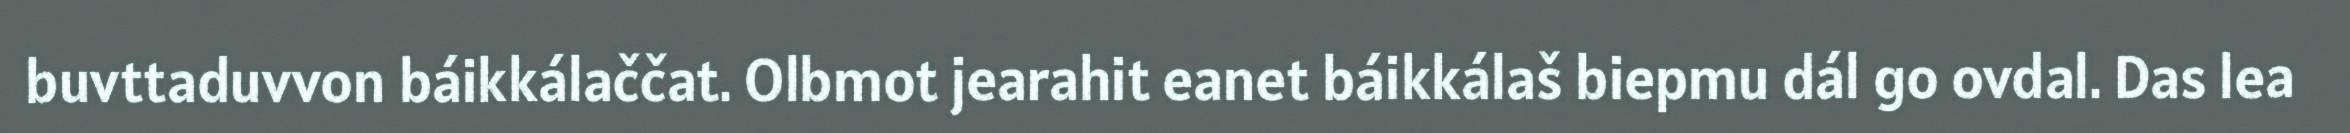
buvttaduvvon báikkálaččat. Olbmot jearahit eanet báikkálaš biepmu dál go ovdal. Das lea